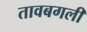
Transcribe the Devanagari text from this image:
तावबगली